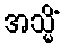
အသ္မိံ